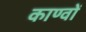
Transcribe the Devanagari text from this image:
काण्वों